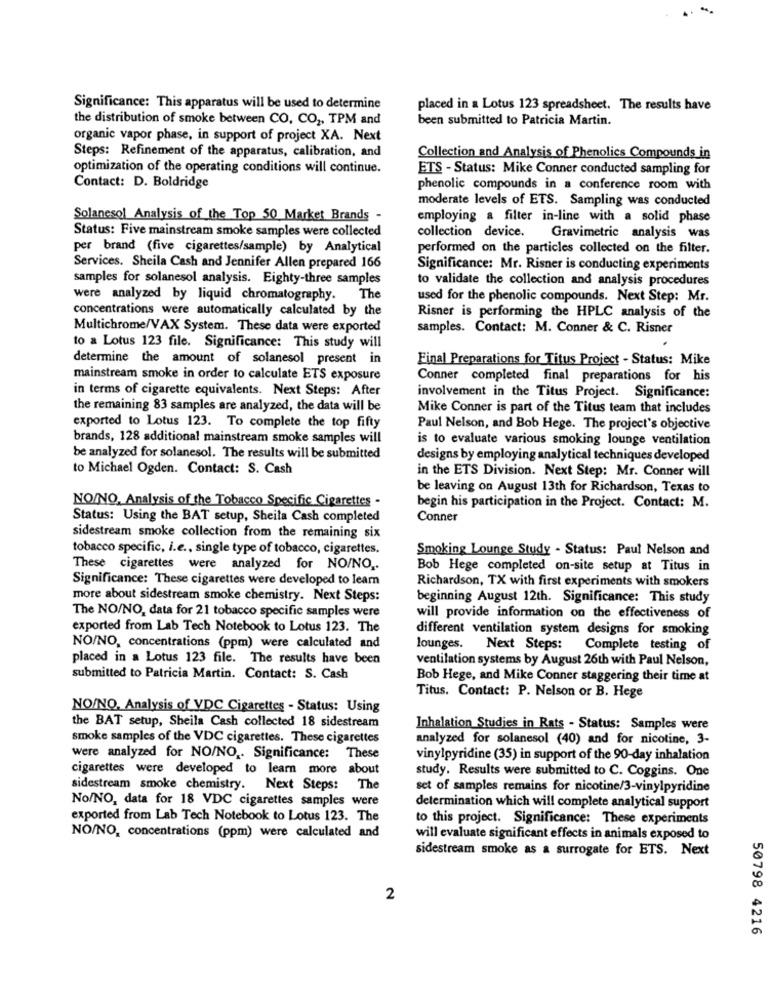
Significance: This apparatus will be used to determine
placed in a Lotus 123 spreadsheet. The results have
the distribution of smoke between CO, CO2, TPM and
been submitted to Patricia Martin.
organic vapor phase, in support of project XA. Next
Steps: Refinement of the apparatus, calibration, and
Collection and Analysis of Phenolics Compounds in
optimization of the operating conditions will continue.
ETS - Status: Mike Conner conducted sampling for
Contact: D. Boldridge
phenolic compounds in a conference room with
moderate levels of ETS. Sampling was conducted
Solanesol Analysis of the Top 50 Market Brands -
employing a filter in-line with a solid phase
Status: Five mainstream smoke samples were collected
collection device.
Gravimetric analysis was
per brand (five cigarettes/sample) by Analytical
performed on the particles collected on the filter.
Services. Sheila Cash and Jennifer Allen prepared 166
Significance: Mr. Risner is conducting experiments
samples for solanesol analysis. Eighty-three samples
to validate the collection and analysis procedures
were analyzed by liquid chromatography. The
used for the phenolic compounds. Next Step: Mr.
concentrations were automatically calculated by the
Risner is performing the HPLC analysis of the
Multichrome/VAX System. These data were exported
samples. Contact: M. Conner & C. Risner
to a Lotus 123 file. Significance: This study will
determine the amount of solanesol present in
Final Preparations for Titus Project - Status: Mike
mainstream smoke in order to calculate ETS exposure
Conner completed final preparations for his
in terms of cigarette equivalents. Next Steps: After
involvement in the Titus Project. Significance:
the remaining 83 samples are analyzed, the data will be
Mike Conner is part of the Titus team that includes
exported to Lotus 123. To complete the top fifty
Paul Nelson, and Bob Hege. The project's objective
brands, 128 additional mainstream smoke samples will
is to evaluate various smoking lounge ventilation
be analyzed for solanesol. The results will be submitted
designs by employing analytical techniques developed
to Michael Ogden. Contact: S. Cash
in the ETS Division. Next Step: Mr. Conner will
be leaving on August 13th for Richardson, Texas to
NO/NO, Analysis of the Tobacco Specific Cigarettes -
begin his participation in the Project. Contact: M.
Status: Using the BAT setup, Sheila Cash completed
Conner
sidestream smoke collection from the remaining six
tobacco specific, i.e ., single type of tobacco, cigarettes.
Smoking Lounge Study - Status: Paul Nelson and
These cigarettes were analyzed for NO/NO ..
Bob Hege completed on-site setup at Titus in
Significance: These cigarettes were developed to learn
Richardson, TX with first experiments with smokers
more about sidestream smoke chemistry. Next Steps:
beginning August 12th. Significance: This study
The NO/NO, data for 21 tobacco specific samples were
will provide information on the effectiveness of
exported from Lab Tech Notebook to Lotus 123. The
different ventilation system designs for smoking
NO/NO, concentrations (ppm) were calculated and
lounges.
Next Steps:
Complete testing of
placed in a Lotus 123 file. The results have been
ventilation systems by August 26th with Paul Nelson,
submitted to Patricia Martin. Contact: S. Cash
Bob Hege, and Mike Conner staggering their time at
Titus. Contact: P. Nelson or B. Hege
NO/NO, Analysis of VDC Cigarettes - Status: Using
the BAT setup, Sheila Cash collected 18 sidestream
Inhalation Studies in Rats - Status: Samples were
smoke samples of the VDC cigarettes. These cigarettes
analyzed for solanesol (40) and for nicotine, 3-
were analyzed for NO/NO ,. Significance: These
vinylpyridine (35) in support of the 90-day inhalation
cigarettes were developed to learn more about
study. Results were submitted to C. Coggins. One
sidestream smoke chemistry. Next Steps:
The
set of samples remains for nicotine/3-vinylpyridine
No/NO, data for 18 VDC cigarettes samples were
determination which will complete analytical support
exported from Lab Tech Notebook to Lotus 123. The
to this project. Significance: These experiments
NO/NO, concentrations (ppm) were calculated and
will evaluate significant effects in animals exposed to
sidestream smoke as a surrogate for ETS. Next
2
50798 4216